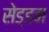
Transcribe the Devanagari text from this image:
सेड्डन